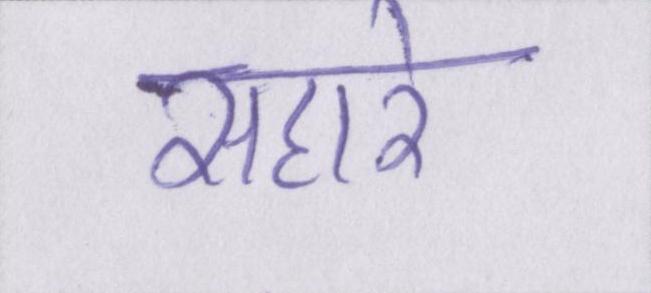
सहारे